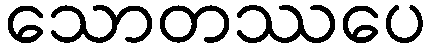
သောတဿပေ